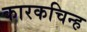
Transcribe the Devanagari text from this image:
कारकचिन्ह